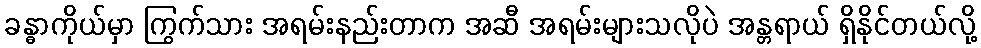
ခန္ဓာကိုယ်မှာ ကြွက်သား အရမ်းနည်းတာက အဆီ အရမ်းများသလိုပဲ အန္တရာယ် ရှိနိုင်တယ်လို့